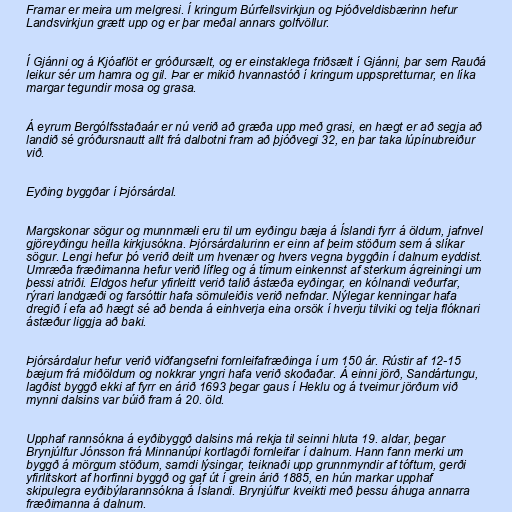
Framar er meira um melgresi. Í kringum Búrfellsvirkjun og Þjóðveldisbærinn hefur
Landsvirkjun grætt upp og er þar meðal annars golfvöllur.

Í Gjánni og á Kjóaflöt er gróðursælt, og er einstaklega friðsælt í Gjánni, þar sem Rauðá
leikur sér um hamra og gil. Þar er mikið hvannastóð í kringum uppspretturnar, en líka
margar tegundir mosa og grasa.

Á eyrum Bergólfsstaðaár er nú verið að græða upp með grasi, en hægt er að segja að
landið sé gróðursnautt allt frá dalbotni fram að þjóðvegi 32, en þar taka lúpínubreiður
við.

Eyðing byggðar í Þjórsárdal.

Margskonar sögur og munnmæli eru til um eyðingu bæja á Íslandi fyrr á öldum, jafnvel
gjöreyðingu heilla kirkjusókna. Þjórsárdalurinn er einn af þeim stöðum sem á slíkar
sögur. Lengi hefur þó verið deilt um hvenær og hvers vegna byggðin í dalnum eyddist.
Umræða fræðimanna hefur verið lífleg og á tímum einkennst af sterkum ágreiningi um
þessi atriði. Eldgos hefur yfirleitt verið talið ástæða eyðingar, en kólnandi veðurfar,
rýrari landgæði og farsóttir hafa sömuleiðis verið nefndar. Nýlegar kenningar hafa
dregið í efa að hægt sé að benda á einhverja eina orsök í hverju tilviki og telja flóknari
ástæður liggja að baki.

Þjórsárdalur hefur verið viðfangsefni fornleifafræðinga í um 150 ár. Rústir af 12-15
bæjum frá miðöldum og nokkrar yngri hafa verið skoðaðar. Á einni jörð, Sandártungu,
lagðist byggð ekki af fyrr en árið 1693 þegar gaus í Heklu og á tveimur jörðum við
mynni dalsins var búið fram á 20. öld.

Upphaf rannsókna á eyðibyggð dalsins má rekja til seinni hluta 19. aldar, þegar
Brynjúlfur Jónsson frá Minnanúpi kortlagði fornleifar í dalnum. Hann fann merki um
byggð á mörgum stöðum, samdi lýsingar, teiknaði upp grunnmyndir af tóftum, gerði
yfirlitskort af horfinni byggð og gaf út í grein árið 1885, en hún markar upphaf
skipulegra eyðibýlarannsókna á Íslandi. Brynjúlfur kveikti með þessu áhuga annarra
fræðimanna á dalnum.